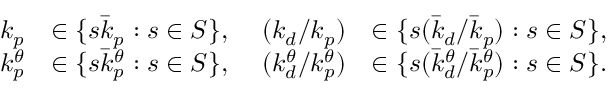
\begin{array} { r l r l } { k _ { p } } & { \in \{ s \bar { k } _ { p } : s \in S \} , \ } & { ( k _ { d } / k _ { p } ) } & { \in \{ s ( \bar { k } _ { d } / \bar { k } _ { p } ) : s \in S \} , } \\ { k _ { p } ^ { \theta } } & { \in \{ s \bar { k } _ { p } ^ { \theta } : s \in S \} , \ } & { ( k _ { d } ^ { \theta } / k _ { p } ^ { \theta } ) } & { \in \{ s ( \bar { k } _ { d } ^ { \theta } / \bar { k } _ { p } ^ { \theta } ) : s \in S \} . } \end{array}